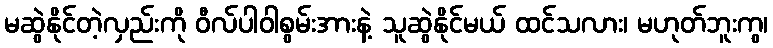
မဆွဲနိုင်တဲ့လှည်းကို ဝီလ်ပါဝါစွမ်းအားနဲ့ သူဆွဲနိုင်မယ် ထင်သလား၊ မဟုတ်ဘူးကွ၊